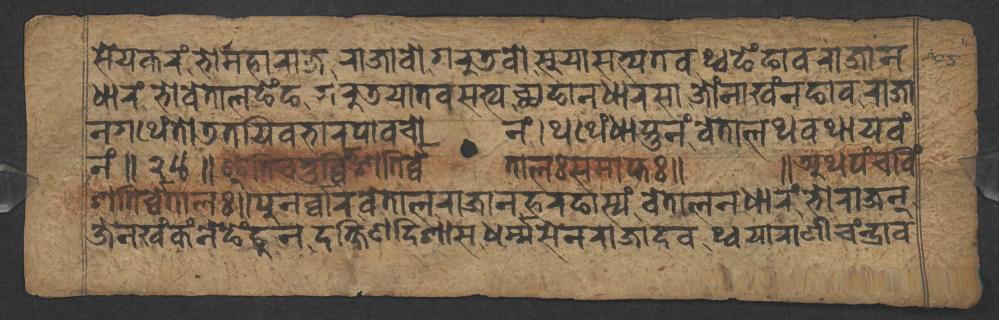
𑐳𑐾𑐫𑐎𑐬𑑄𑐨𑑀𑐩𑐴𑐵𑐬𑐵𑐖𑐬𑐵𑐖𑐵𑐰𑑀𑐐𑐬𑐸𑐜𑐰𑑀𑐳𑐸𑐫𑐵𑐳𑐟𑑂𑐫𑐟𑐰𑐠𑑂𑐰𑐒𑐾𑑄𑐒𑐵𑐰𑐬𑐵𑐖𑐵𑐣 𑐢𑐵𑐬𑑄𑐨𑑀𑐰𑐾𑐟𑐵𑐮𑐒𑐾𑑄𑐒𑐐𑐬𑐸𑐜𑐫𑐵𑐟𑐰𑐳𑐟𑑂𑐫𑐕𑐵𑐒𑐵𑐣𑐢𑐵𑐬𑐳𑐵𑐖𑑀𑑄𑐣𑐵𑐏𑑄𑐣𑐒𑐵𑐰𑐬𑐵𑐖𑐵 𑐣𑐐𑐠𑐾𑑄𑐟𑑀𑐜𑐟𑐫𑐶𑐰𑐨𑐵𑐬𑐥𑐵𑐰𑐔𑑀𑐣𑑄𑑋𑐠𑐠𑐾𑑄𑐢𑐵𑐳𑑂𑐟𑐸𑐣𑑄𑐰𑐾𑐟𑐵𑐮𑐠𑐰𑐠𑐵𑐫𑐰𑑄 𑐣𑑄𑑌𑑒𑑔𑑌𑐂𑐟𑐶𑐔𑐟𑐸𑐬𑑂𑐰𑑂𑐰𑐶𑑄𑐱𑐟𑐶𑐬𑑂𑐰𑑂𑐰𑐾𑐟𑐵𑐮𑑅𑐳𑐩𑐵𑐥𑑂𑐟𑑅𑑌 𑑌𑐀𑐠𑐥𑑄𑐔𑐰𑐶𑑄 𑐱𑐟𑐶𑐬𑑂𑐰𑑂𑐰𑐾𑐟𑐵𑐮𑑅𑑌𑐥𑐸𑐣𑐬𑑂𑐰𑑂𑐰𑐵𑐬𑐰𑐾𑐟𑐵𑐮𑐬𑐵𑐖𑐵𑐣𑐴𑐬𑐒𑐵𑐳𑑂𑐫𑑄𑐰𑐾𑐟𑐵𑐮𑐣𑐢𑐵𑐬𑑄𑐨𑑀𑐬𑐵𑐖𑐣𑑂 𑐖𑐾𑐣𑐏𑑄𑐎𑑄𑐣𑐾𑐒𑐾𑑄𑐒𑐸𑐣𑐡𑐎𑑂𑐲𑐶𑐞𑐡𑐶𑐱𑐵𑐳𑐢𑐬𑑂𑐩𑑂𑐩𑐳𑐾𑐣𑐬𑐵𑐖𑐵𑐡𑐰𑐠𑑂𑐰𑐫𑐵𑐬𑐵𑐞𑐷𑐔𑑄𑐣𑑂𑐡𑑂𑐬𑐵𑐰